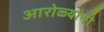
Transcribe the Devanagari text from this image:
आरोळ्यांनी